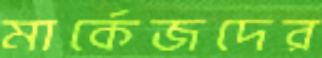
মার্কেজদের